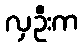
လှဦးက